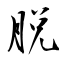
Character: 脱